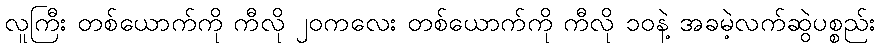
လူကြီး တစ်ယောက်ကို ကီလို ၂၀ကလေး တစ်ယောက်ကို ကီလို ၁၀နဲ့ အခမဲ့လက်ဆွဲပစ္စည်း